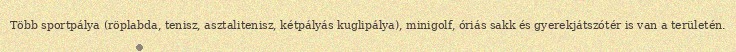
Több sportpálya (röplabda, tenisz, asztalitenisz, kétpályás kuglipálya), minigolf, óriás sakk és gyerekjátszótér is van a területén.